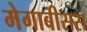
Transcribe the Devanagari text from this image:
मेगाबीसस